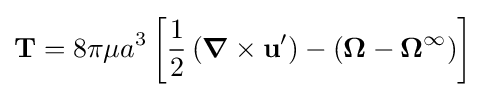
\mathbf {T} =8\pi \mu a^{3}\left[{\frac {1}{2}}\left({\boldsymbol {\nabla }}\times \mathbf {u} '\right)-(\mathbf {\Omega } -\mathbf {\Omega } ^{\infty })\right]